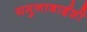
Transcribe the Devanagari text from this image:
यमुनाबाईशी